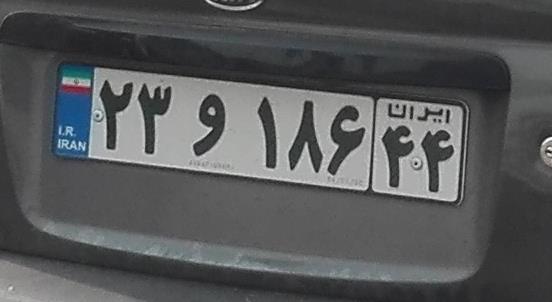
۲۳و۱۸۶۴۴